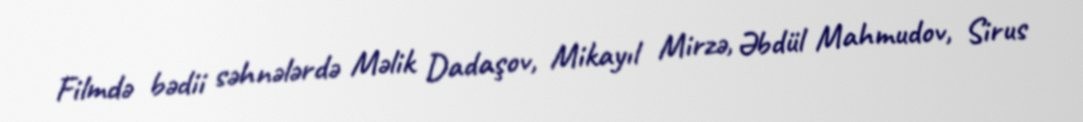
Filmdə bədii səhnələrdə Məlik Dadaşov, Mikayıl Mirzə, Əbdül Mahmudov, Sirus